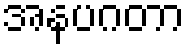
အနပဂတာ